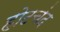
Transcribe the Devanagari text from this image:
होटचंद